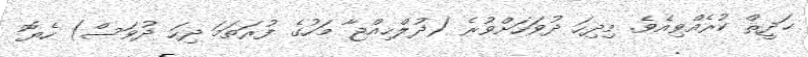
ޙަދީޘް ކުރެއްވިއެވެ. މިދިހަ ދުވަހަށްވުރެ (ޛުލްޙިއްޖާ މަހުގެ ފުރަތަމަ ދިހަ ދުވަސް) ހެޔޮ